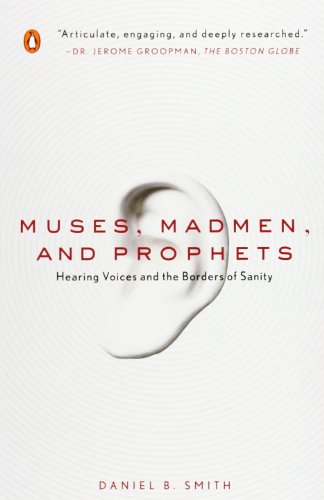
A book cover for Muses, Madmen, and Prophets: Hearing Voices and the Borders of Sanity; Daniel B. Smith; Health, Fitness & Dieting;